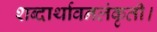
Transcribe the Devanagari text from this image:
शब्दार्थावनलंकृती।